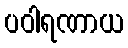
ပဝါရဏာယ